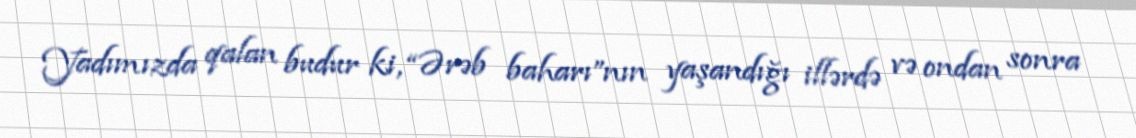
Yadımızda qalan budur ki, “Ərəb baharı”nın yaşandığı illərdə və ondan sonra